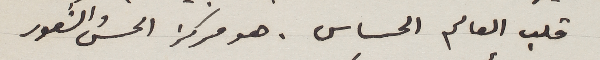
قلب العالم الحساس. هو مركز الحس والشعور